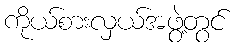
ကိုယ်စားလှယ်အဖွဲ့တွင်